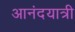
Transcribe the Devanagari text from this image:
आनंदयात्री